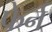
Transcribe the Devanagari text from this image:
फेर्न